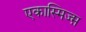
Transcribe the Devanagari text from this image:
एकास्मिज्म़